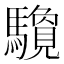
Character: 𱄶